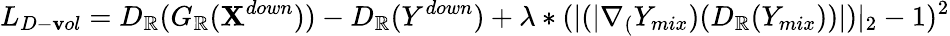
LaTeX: L_{D-\mathbf{v}ol}=D_{\mathbb{R}}(G_{\mathbb{R}}(\mathbf{X}^{down}))-D_{\mathbb{R}}(Y^{down})+\lambda*(|(|\nabla_{(}Y_{mix})(D_{\mathbb{R}}(Y_{mix}))|)|_{2}-1)^{2}